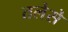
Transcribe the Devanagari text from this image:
तलेसे